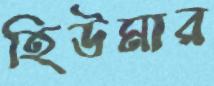
হিউমার